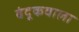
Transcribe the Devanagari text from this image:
बंदूकवाला